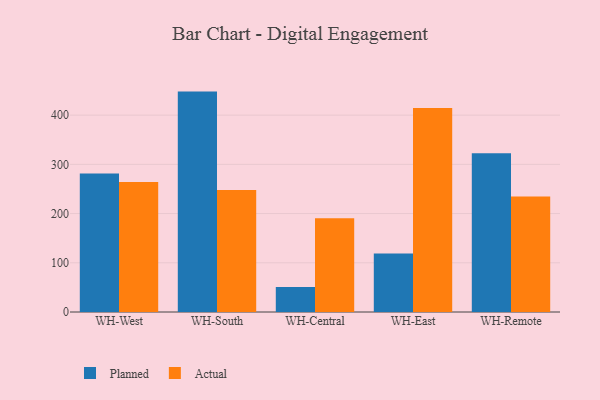
{"axis": {"x": "Warehouse", "y": "Headcount"}, "legend": ["Actual", "Planned"], "data": [{"x": "WH-West", "y": 281.2, "type": "Planned"}, {"x": "WH-West", "y": 264.3, "type": "Actual"}, {"x": "WH-South", "y": 447.8, "type": "Planned"}, {"x": "WH-South", "y": 247.8, "type": "Actual"}, {"x": "WH-Central", "y": 50.9, "type": "Planned"}, {"x": "WH-Central", "y": 190.7, "type": "Actual"}, {"x": "WH-East", "y": 119.1, "type": "Planned"}, {"x": "WH-East", "y": 414.3, "type": "Actual"}, {"x": "WH-Remote", "y": 322.6, "type": "Planned"}, {"x": "WH-Remote", "y": 234.8, "type": "Actual"}]}